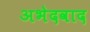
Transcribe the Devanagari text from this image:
अभेदवाद